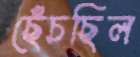
ছেঁচছিল